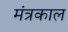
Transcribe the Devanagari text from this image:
मंत्रकाल